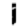
Digit: 1